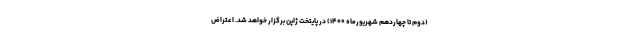
(دوم تا چهاردهم شهریورماه ۱۴۰۰) در پایتخت ژاپن برگزار خواهد شد. اعتراض